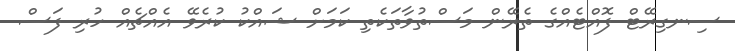
ސިނގިރޭޓް ފޮއްޓެއްގެ ތެރޭން މަސްތުވާތަކެތި ކަމަށް ޝައްކު ކުރެވޭ އެއްޗެއް ހުރި ފަސް